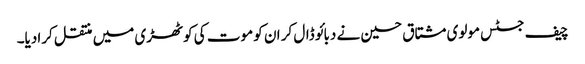
چیف جسٹس مولوی مشتاق حسین نے دبائو ڈال کر ان کو موت کی کوٹھڑی میں منتقل کرادیا۔